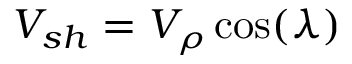
V _ { s h } = V _ { \rho } \cos ( \lambda )